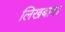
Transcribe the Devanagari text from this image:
लिखबाया